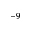
^ { - 9 }